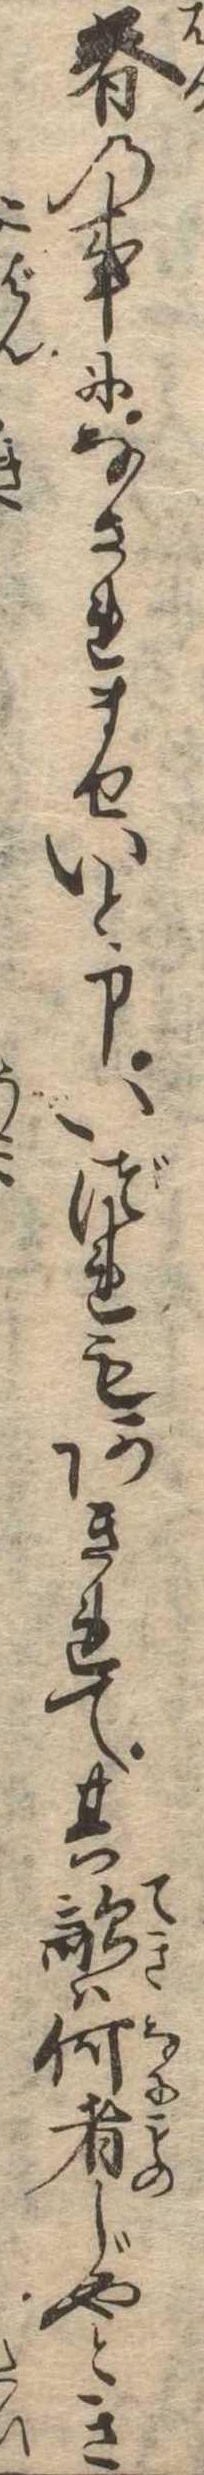
春の事になされませいと申いづれもあきれて其敵は何者じやとき